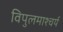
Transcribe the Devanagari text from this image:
विपुलमाश्चर्य